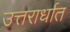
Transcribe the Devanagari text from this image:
उत्तरार्धात